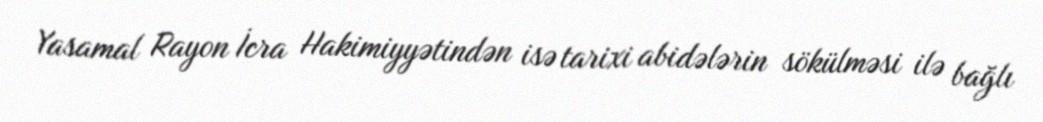
Yasamal Rayon İcra Hakimiyyətindən isə tarixi abidələrin sökülməsi ilə bağlı